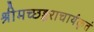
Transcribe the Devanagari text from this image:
श्रीमच्छङ्कराचार्यकृतं